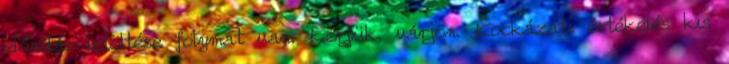
előadás letöltése folymat van. Kérjük, várjon. Kockázati értékelés kis